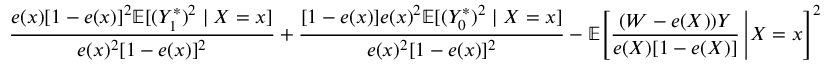
\frac { e ( x ) [ 1 - e ( x ) ] ^ { 2 } \mathbb { E } [ ( Y _ { 1 } ^ { * } ) ^ { 2 } \mid X = x ] } { e ( x ) ^ { 2 } [ 1 - e ( x ) ] ^ { 2 } } + \frac { [ 1 - e ( x ) ] e ( x ) ^ { 2 } \mathbb { E } [ ( Y _ { 0 } ^ { * } ) ^ { 2 } \mid X = x ] } { e ( x ) ^ { 2 } [ 1 - e ( x ) ] ^ { 2 } } - \mathbb { E } \Bigg [ \frac { ( W - e ( X ) ) Y } { e ( X ) [ 1 - e ( X ) ] } \, \Bigg \lvert X = x \Bigg ] ^ { 2 }